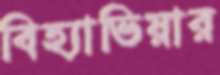
বিহ্যাভিয়ার